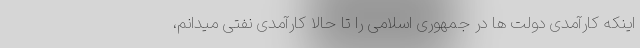
اینکه کارآمدی دولت ها در جمهوری اسلامی را تا حالا کارآمدی نفتی میدانم،